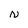
Character: N